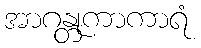
အာဂန္တုကာကာရံ